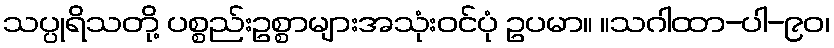
သပ္ပုရိသတို့ ပစ္စည်းဥစ္စာများအသုံးဝင်ပုံ ဥပမာ။ ။သဂါထာ-ပါ-၉၀၊